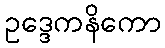
ဥဒ္ဒေကနိကော